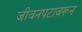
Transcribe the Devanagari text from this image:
जीवनपटावरून